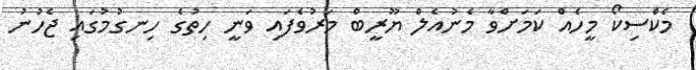
މެކްސިކޯ މީހެއް ކަމަށްވާ މެނުއެލް ޔޫރީބް މަރުވެފައި ވަނީ ހިތުގެ ހިނގުމުގައި ޖެހުނު